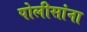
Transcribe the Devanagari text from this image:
पोलीसांना